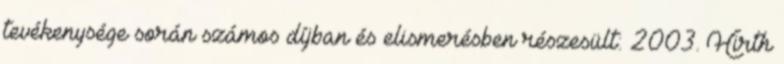
tevékenysége során számos díjban és elismerésben részesült: 2003. Hirth